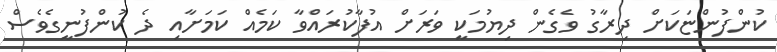
ކުންފުންޏަކަށް ދިރާގު ވެގެން ދިޔުމަކީ ވަރަށް އުފާކުރައްވާ ކަމެއް ކަމަށާއި ދެ ކުންފުނީގެވެސް